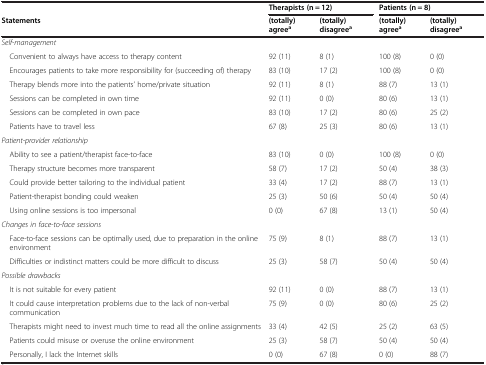
<table><thead><tr><td></td><td colspan="2"><b>Therapists (n = 12)</b></td><td colspan="2"><b>Patients (n = 8)</b></td></tr><tr><td><b>Statements</b></td><td><b>(totally) agree<sup>a</sup></b></td><td><b>(totally) disagree<sup>a</sup></b></td><td><b>(totally) agree<sup>a</sup></b></td><td><b>(totally) disagree<sup>a</sup></b></td></tr></thead><tbody><tr><td colspan="5"><i>Self-management</i></td></tr><tr><td> Convenient to always have access to therapy content</td><td>92 (11)</td><td>8 (1)</td><td>100 (8)</td><td>0 (0)</td></tr><tr><td> Encourages patients to take more responsibility for (succeeding of) therapy</td><td>83 (10)</td><td>17 (2)</td><td>100 (8)</td><td>0 (0)</td></tr><tr><td> Therapy blends more into the patients’ home/private situation</td><td>92 (11)</td><td>8 (1)</td><td>88 (7)</td><td>13 (1)</td></tr><tr><td> Sessions can be completed in own time</td><td>92 (11)</td><td>0 (0)</td><td>80 (6)</td><td>13 (1)</td></tr><tr><td> Sessions can be completed in own pace</td><td>83 (10)</td><td>17 (2)</td><td>80 (6)</td><td>25 (2)</td></tr><tr><td> Patients have to travel less</td><td>67 (8)</td><td>25 (3)</td><td>80 (6)</td><td>13 (1)</td></tr><tr><td colspan="5"><i>Patient-provider relationship</i></td></tr><tr><td> Ability to see a patient/therapist face-to-face</td><td>83 (10)</td><td>0 (0)</td><td>100 (8)</td><td>0 (0)</td></tr><tr><td> Therapy structure becomes more transparent</td><td>58 (7)</td><td>17 (2)</td><td>50 (4)</td><td>38 (3)</td></tr><tr><td> Could provide better tailoring to the individual patient</td><td>33 (4)</td><td>17 (2)</td><td>88 (7)</td><td>13 (1)</td></tr><tr><td> Patient-therapist bonding could weaken</td><td>25 (3)</td><td>50 (6)</td><td>50 (4)</td><td>50 (4)</td></tr><tr><td> Using online sessions is too impersonal</td><td>0 (0)</td><td>67 (8)</td><td>13 (1)</td><td>50 (4)</td></tr><tr><td colspan="5"><i>Changes in face-to-face sessions</i></td></tr><tr><td> Face-to-face sessions can be optimally used, due to preparation in the online environment</td><td>75 (9)</td><td>8 (1)</td><td>88 (7)</td><td>13 (1)</td></tr><tr><td> Difficulties or indistinct matters could be more difficult to discuss</td><td>25 (3)</td><td>58 (7)</td><td>50 (4)</td><td>50 (4)</td></tr><tr><td colspan="5"><i>Possible drawbacks</i></td></tr><tr><td> It is not suitable for every patient</td><td>92 (11)</td><td>0 (0)</td><td>88 (7)</td><td>13 (1)</td></tr><tr><td> It could cause interpretation problems due to the lack of non-verbal communication</td><td>75 (9)</td><td>0 (0)</td><td>80 (6)</td><td>25 (2)</td></tr><tr><td> Therapists might need to invest much time to read all the online assignments</td><td>33 (4)</td><td>42 (5)</td><td>25 (2)</td><td>63 (5)</td></tr><tr><td> Patients could misuse or overuse the online environment</td><td>25 (3)</td><td>58 (7)</td><td>50 (4)</td><td>50 (4)</td></tr><tr><td> Personally, I lack the Internet skills</td><td>0 (0)</td><td>67 (8)</td><td>0 (0)</td><td>88 (7)</td></tr></tbody></table>